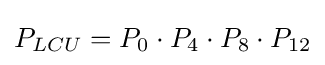
P_{LCU}=P_{0}\cdot P_{4}\cdot P_{8}\cdot P_{12}